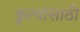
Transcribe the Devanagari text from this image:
कृत्यांसाठी